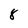
Character: 8